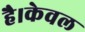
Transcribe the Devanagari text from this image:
है।केवल